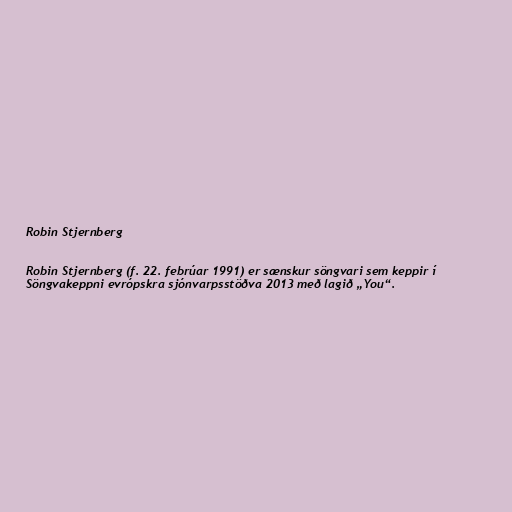
Robin Stjernberg

Robin Stjernberg (f. 22. febrúar 1991) er sænskur söngvari sem keppir í
Söngvakeppni evrópskra sjónvarpsstöðva 2013 með lagið „You“.